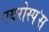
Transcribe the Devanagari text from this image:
एयरोस्प॓स